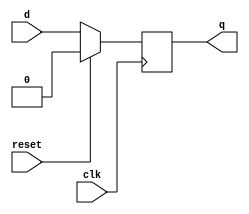
module FFD_reset_sin (
    input d, reset, clk,
    output reg q
);
    always @(posedge clk) begin
        if (reset) begin
            q<=1'b0;
        end
        else begin
            q<=d;
        end
    end
endmodule